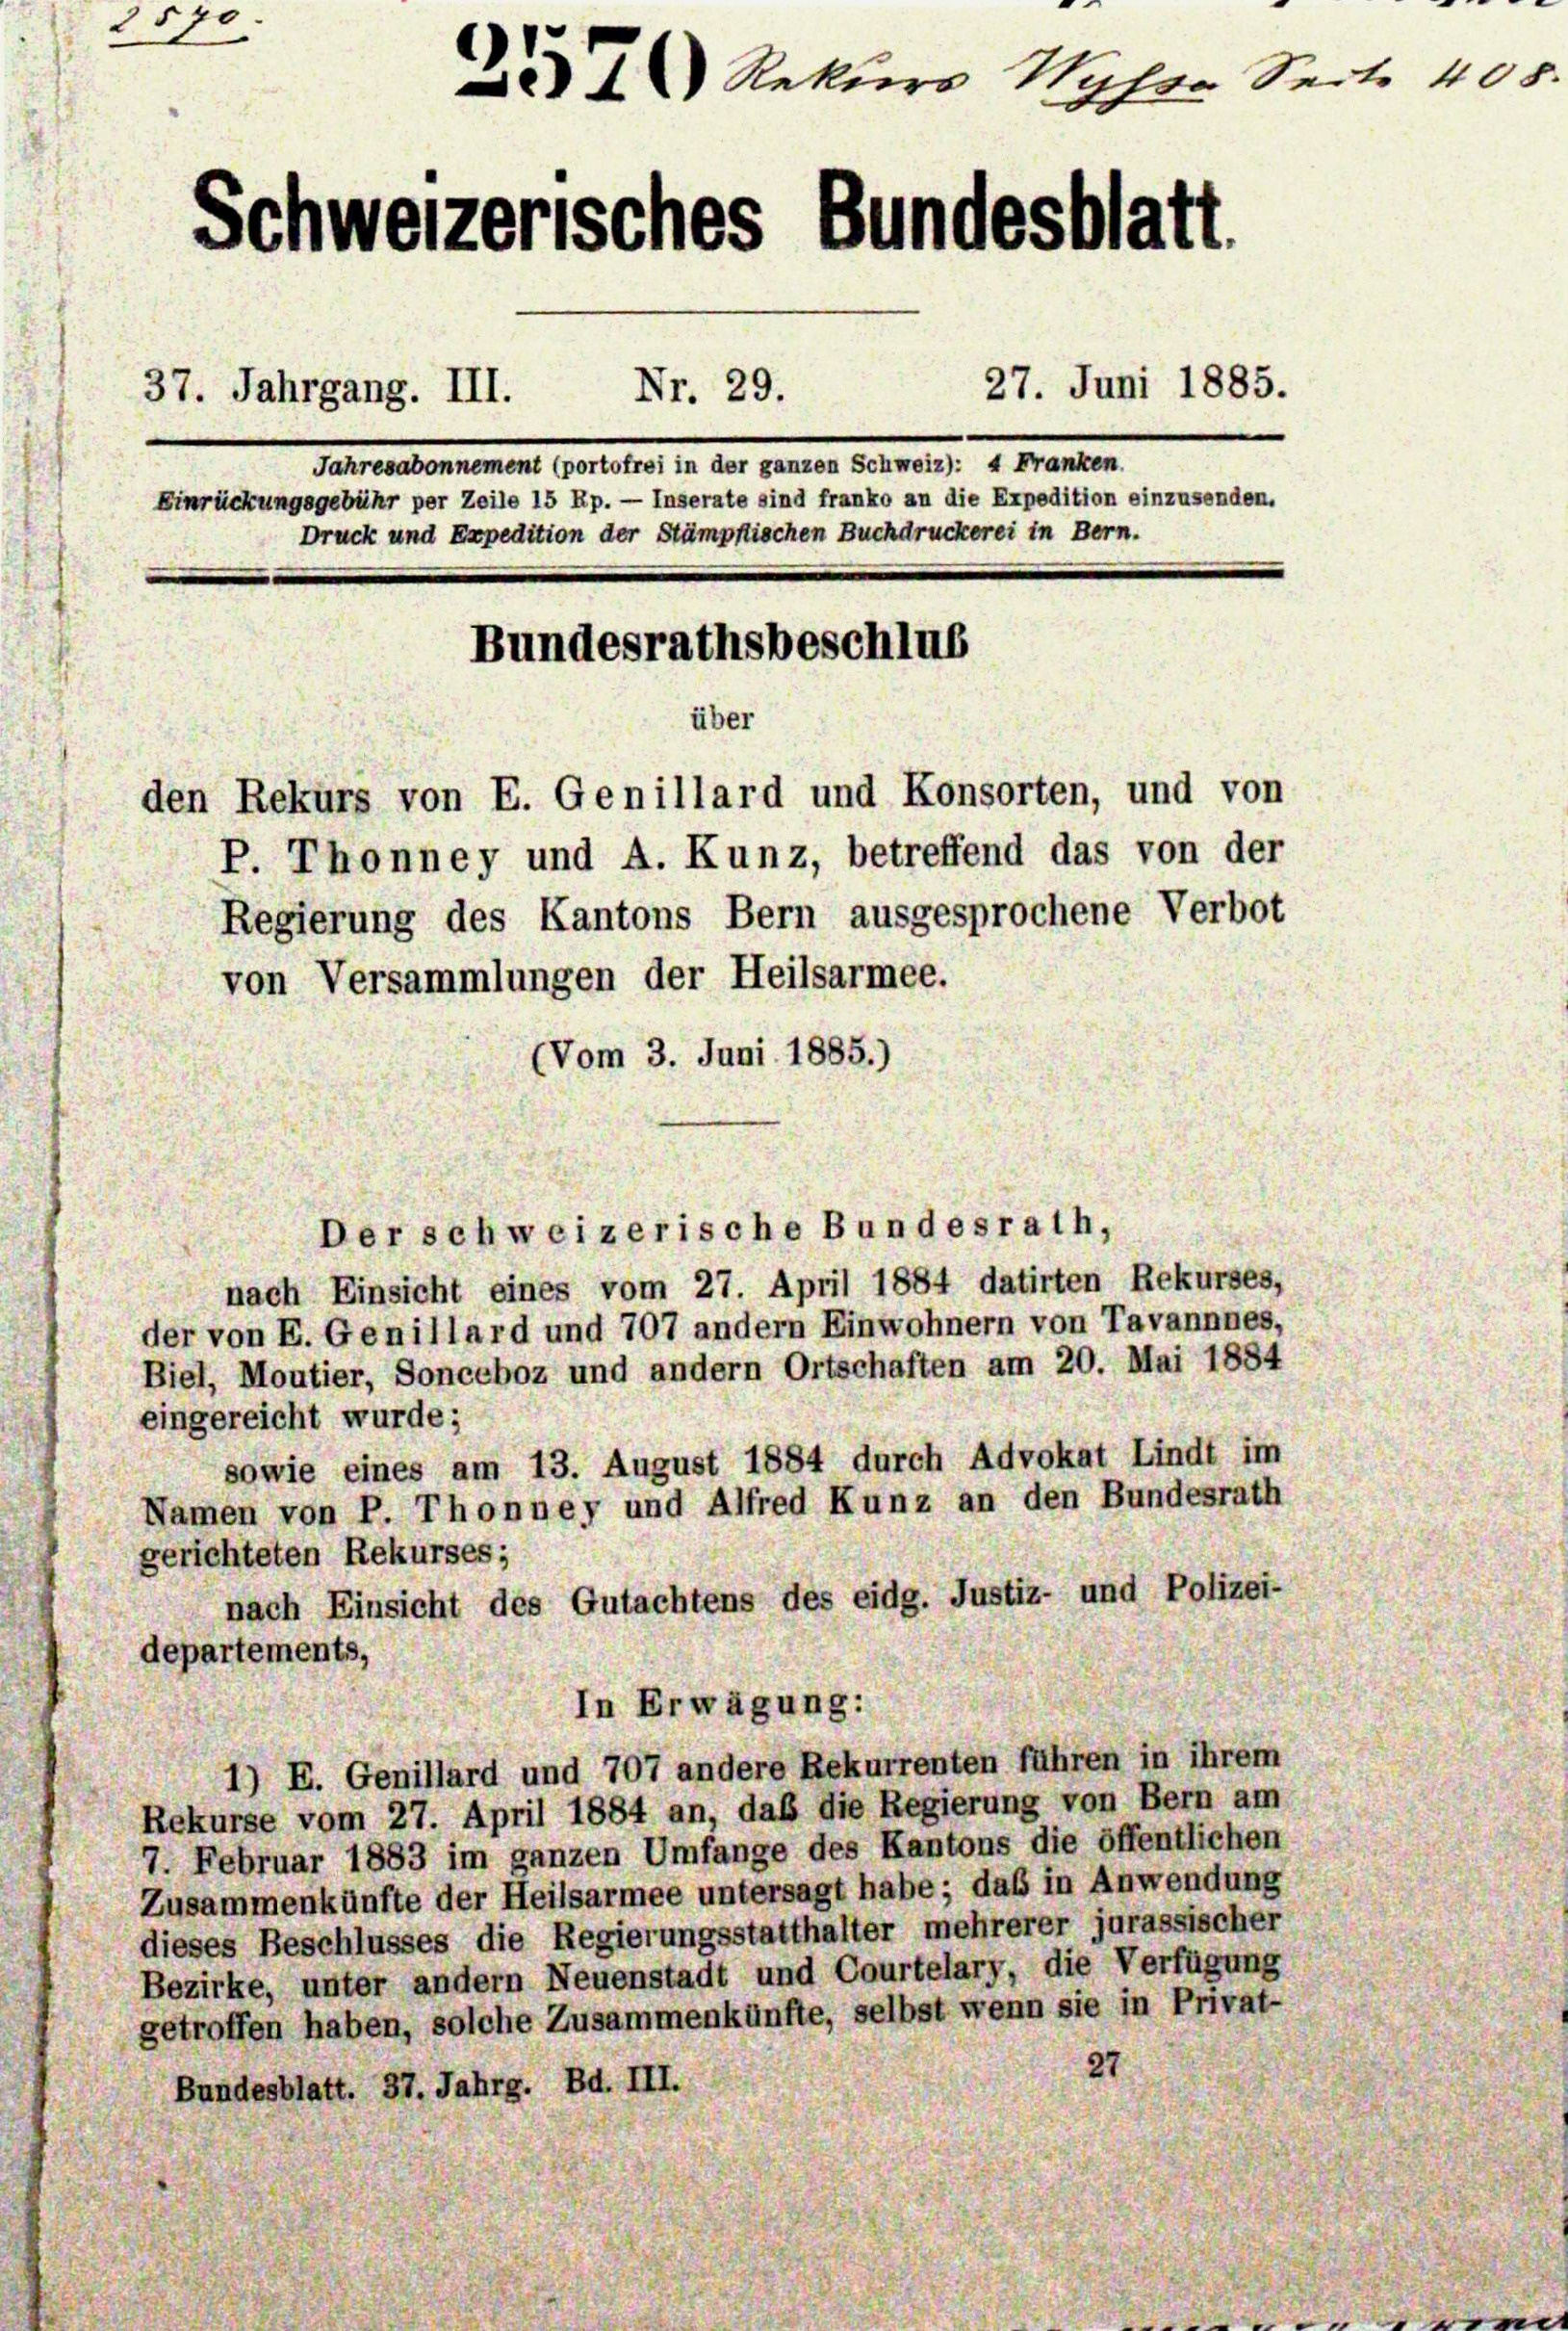
2 Rekurs Hyfer Seite 408.
Schweizerisches Bundesblatt.
27. Juni 1885.
Nr. 29.
37. Jahrgang. III.
S t o nennen Bestehen, u. der Beraten Betretent. 21. Martier
Einrückungsgebühr per Zeile 15 Rp. — Inserate sind franko an die Expedition einzusenden.
Druck und Expedition der Stämpftischen Buchdruckerei in Bern.
Bundesrathsbeschlus
über
den Rekurs von E. Genillard und Konsorten, und von
P. Thonney und A. Kunz, betreffend das von der
Regierung des Kantons Bern ausgesprochene Verbot
von Versammlungen der Heilsarmee.
(Vom 3. Juni 1885.)

2570.

Der schweizerische Bundesrath,
nach Einsicht eines vom 27. April 1884 datirten Rekurses,
der von E. Genillard und 707 andern Einwohnern von Tavannnes,
Biel, Moutier, Sonceboz und andern Ortschaften am 20. Mai 1884
eingereicht wurde;
sowie eines am 13. August 1884 durch Advokat Lindt im
Namen von P. Thonney und Alfred Kunz an den Bundesrath
gerichteten Rekurses;
nach Einsicht des Gutachtens des eidg. Justiz- und Polizei-
departements,
In Erwägung:
1) E. Genillard und 707 andere Rekurrenten führen in ihrem
Rekurse vom 27. April 1884 an, daß die Regierung von Bern am
7. Februar 1883 im ganzen Umfange des Kantons die öffentlichen
Zusammenkünfte der Heilsarmee untersagt habe; daß in Anwendung
dieses Beschlusses die Regierungsstatthalter mehrerer jurassischer
Bezirke, unter andern Neuenstadt und Courtelary, die Verfügung
getroffen haben, solche Zusammenkünfte, selbst wenn sie in Privat-
Bundesblatt. 37. Jahrg. Bd. III.